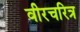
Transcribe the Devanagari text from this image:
वीरचरित्र